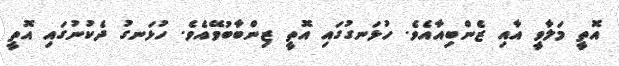
އޮތީ މަލާވީ އާއި ޒެންބިއާއެވެ. ހުޅަނގުގައި އޮތީ ޒިންބާބުވޭއެވެ. ހުޅަނގު ދެކުނުގައި އޮތީ